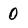
Character: 0